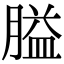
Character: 膉